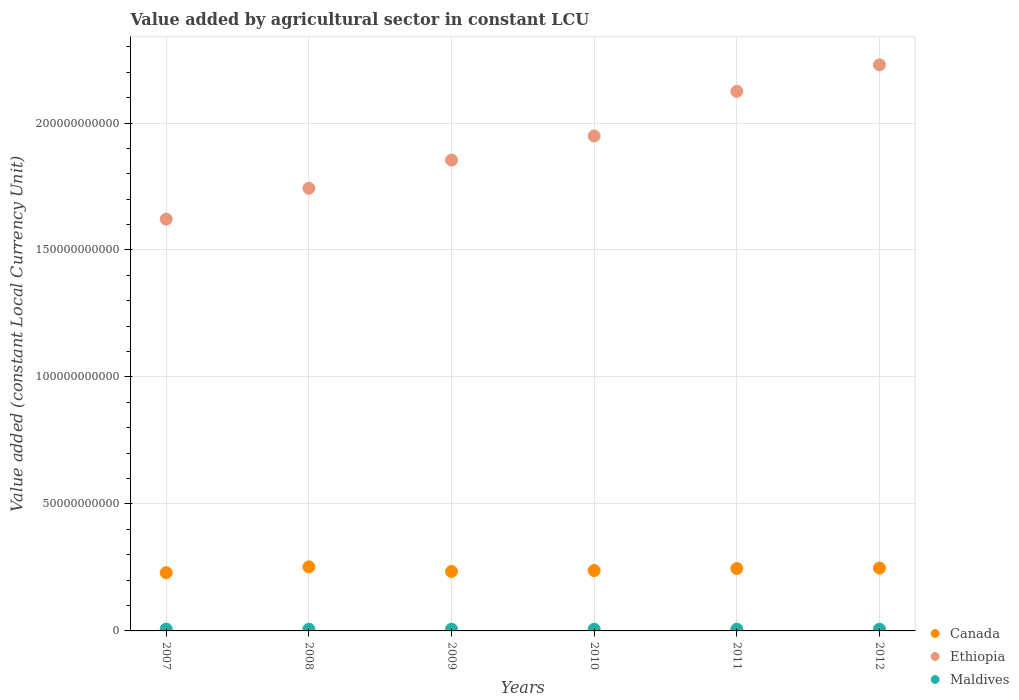
| Years | Canada | Ethiopia | Maldives |
 | --- | --- | --- | --- |
 | 2007 | 2.29e+10 | 1.62e+11 | 7.23e+08 |
 | 2008 | 2.52e+10 | 1.74e+11 | 6.98e+08 |
 | 2009 | 2.34e+10 | 1.85e+11 | 6.81e+08 |
 | 2010 | 2.38e+10 | 1.95e+11 | 6.75e+08 |
 | 2011 | 2.46e+10 | 2.12e+11 | 6.82e+08 |
 | 2012 | 2.47e+10 | 2.23e+11 | 6.82e+08 |